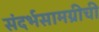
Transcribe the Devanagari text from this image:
संदर्भसामग्रीची